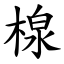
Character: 楾